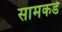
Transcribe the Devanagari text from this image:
सामकडे